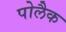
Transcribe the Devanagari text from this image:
पोलैक